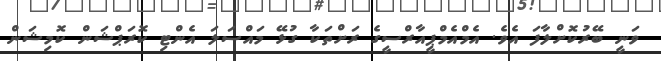
ވަނީ ބޭރުކޮށްލާފަ އެވެ. އެމްއެމްޕީއާރްސީގެ ރަށްތަކާ ގުޅޭ މައްސަލަ އެންޓި ކޮރަޕްޝަން ކޮމިޝަން